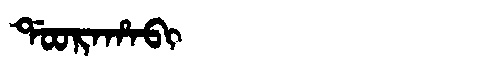
Manchu: ᡩᠣᠣᡵᠠᡥᠠᠪᡳ
Romanization: DOORAHABI